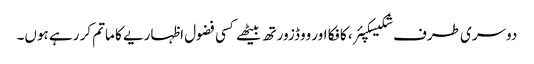
دوسری طرف شکیسکپئر، کافکا اور ووڈزورتھ بیٹھے کسی فضول اظہاریے کا ماتم کر رہے ہوں۔